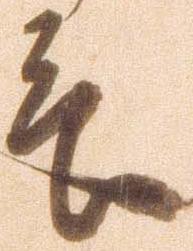
言